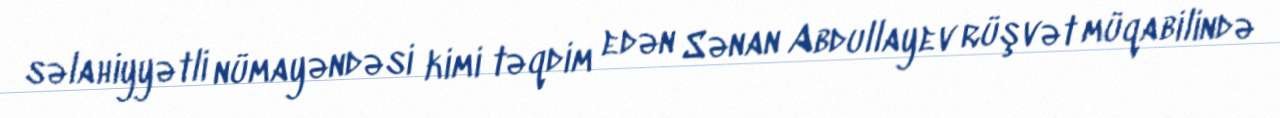
səlahiyyətli nümayəndəsi kimi təqdim edən Sənan Abdullayev rüşvət müqabilində